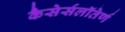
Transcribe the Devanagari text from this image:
कैसेर्सलॉतेर्ण